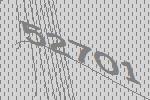
52701